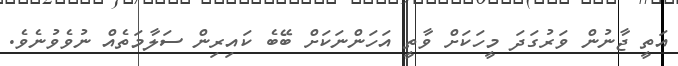
އަތީ ޖާނުން ވަރުގަދަ މީހަކަށް ވާތީ އަހަންނަކަށް ބޭބެ ކައިރިން ސަލާމަތެއް ނުވެވުނެވެ.